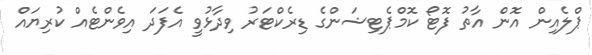
ޕްލެއިން އޮން އާތު ފޮޓޯ ކޮމްޕެޓިޝަންގެ ޑިރެކްޓަރު ވިދާޅުވީ އެފަދަ އިވެންޓެއް ކުރިޔައް